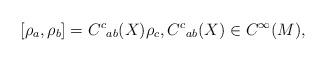
LaTeX: \begin{align*}[\rho_a,\rho_b]=C^c{}_{ab}(X)\rho_c,C^c{}_{ab}(X)\in C^\infty(M),\end{align*}